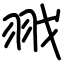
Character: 𦐂